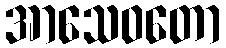
အာသေဝတော